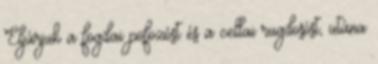
Eljárjuk a fogdai pofozóst és a cellai rugdosóst, utána